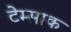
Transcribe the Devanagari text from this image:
टेम्साक